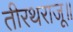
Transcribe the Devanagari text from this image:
तीरथराजू॥